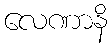
လေဏာနိ